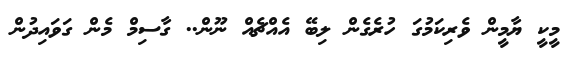
މީކީ ޔާމީން ވެރިކަމުގަ ހުރެގެން ލިބޭ އެއްޗެއް ނޫން.. ގާސިމް މެން ގަވައިދުން